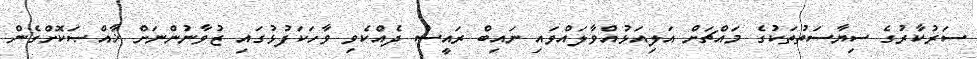
ސަރުކާރުގެ ސިޔާސަތުތަކުގެ މައްޗަށް އަލިއަޅުއްވާލައްވައި ނައިބް ރައީސް ދެއްކެވި ވާހަކަފުޅުގައި ޒުވާނުންނަށް ޚާއްޞަކޮށްގެން